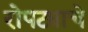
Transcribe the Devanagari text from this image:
रोपट्याचे